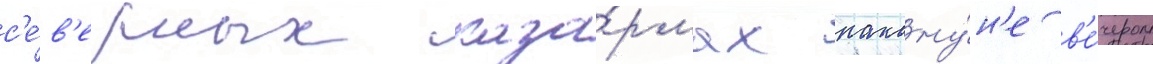
с'е́в'ерных каза́рмах накану́н'е в'е́чером